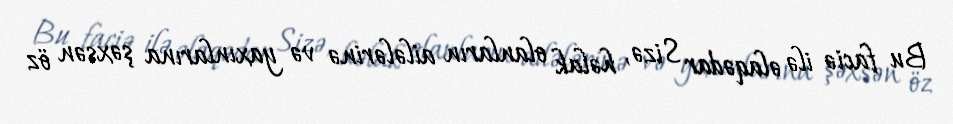
Bu faciə ilə əlaqədar Sizə, həlak olanların ailələrinə və yaxınlarına şəxsən öz